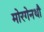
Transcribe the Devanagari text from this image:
मोरगेनथौ